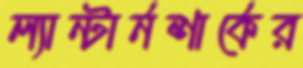
ল্যান্টার্নশার্কের